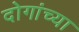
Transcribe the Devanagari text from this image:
दोगांच्या